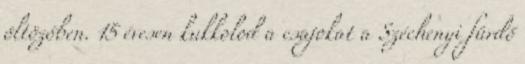
öltözőben. 15 évesen kukkolod a csajokat a Széchenyi fürdő